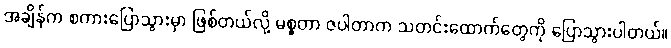
အချိန်က စကားပြောသွားမှာ ဖြစ်တယ်လို့ မစ္စတာ ဇပါတာက သတင်းထောက်တွေကို ပြောသွားပါတယ်။